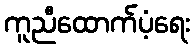
ကူညီထောက်ပံ့ရေး